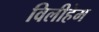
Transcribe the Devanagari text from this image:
विलीहेम